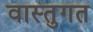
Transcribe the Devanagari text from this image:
वास्तुगत